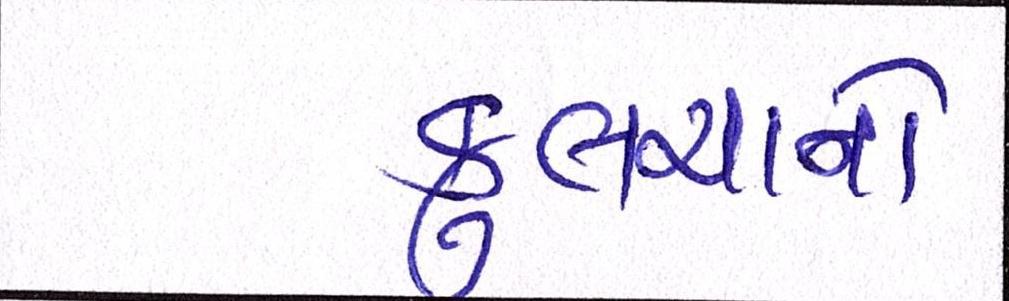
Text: કુલચાનો